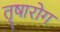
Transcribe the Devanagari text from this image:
तृषारोग